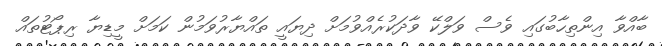
ބާއްވާ އިންތިހާބުގައި ވެސް ވަލްކޭ ވާދަކުރެއްވުމަށް ދިޔައީ ތައްޔާރުވަމުން ކަމަށް މީޑިޔާ ރިޕޯޓުތައް